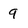
Character: 9